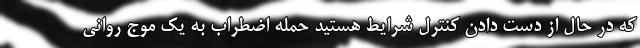
که در حال از دست دادن کنترل شرایط هستید حمله اضطراب به یک موج روانی